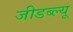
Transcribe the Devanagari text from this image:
जीडब्ल्यू